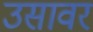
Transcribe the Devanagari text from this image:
उसावर